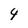
Character: 4